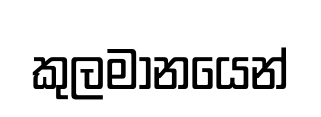
කුලමානයෙන්